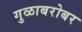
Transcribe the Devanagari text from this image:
गुळाबरोबर